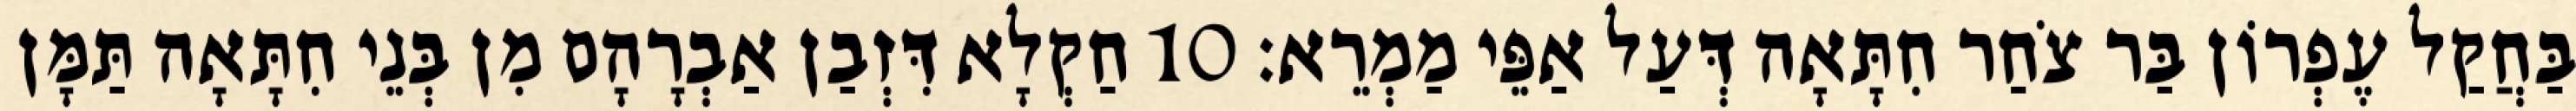
בַּחֲקַל עֶפְרוֹן בַּר צֹחַר חִתָּאָה דְּעַל אַפֵּי מַמְרֵא׃ 10 חַקְלָא דִּזְבַן אַבְרָהָם מִן בְּנֵי חִתָּאָה תַּמָּן